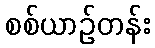
စစ်ယာဉ်တန်း